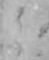
ミ